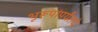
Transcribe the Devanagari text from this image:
भूरूपांपर्यंतचे